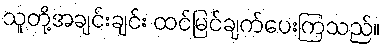
သူတို့အချင်းချင်း ထင်မြင်ချက်ပေးကြသည်။